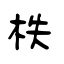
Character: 柣